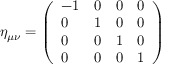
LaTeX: \eta _ { \mu \nu } = \left( { \begin{array} { l l l l } { - 1 } & { 0 } & { 0 } & { 0 } \\ { 0 } & { 1 } & { 0 } & { 0 } \\ { 0 } & { 0 } & { 1 } & { 0 } \\ { 0 } & { 0 } & { 0 } & { 1 } \end{array} } \right)